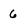
Character: 6